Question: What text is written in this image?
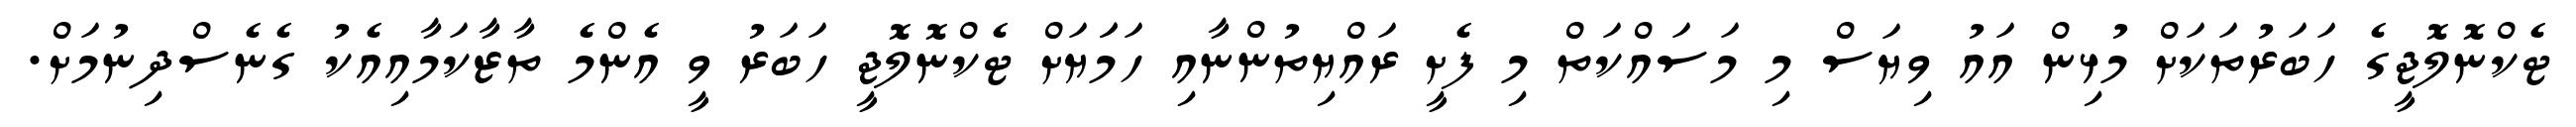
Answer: ޓެކްނޮލޮޖީގެ ހަބަރުތަކަށް މުޅިން އައު ވިޔަސް މި މަސައްކަތް މި ފެށީ ރައްޔިތުންނާއި ހަމަަޔަށް ޓެކްނޮލޮޖީ ހަބަރު ވީ އެންމެ ތާޒާކަމާއިއެކު ގެނެސްދިނުމަށް.